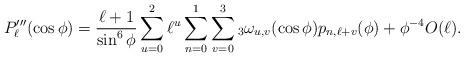
LaTeX: \begin{align*} P'''_\ell(\cos \phi)= \frac{\ell+1}{\sin^6 \phi} \sum_{u=0}^{2} \ell^u \sum_{n=0}^{1} \sum_{v=0}^{3} {_3}\omega_{u,v}(\cos \phi) p_{n,\ell+v}(\phi) + \phi^{-4} O(\ell).\end{align*}